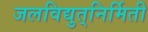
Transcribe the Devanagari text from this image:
जलविद्युत्‌निर्मिती